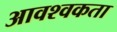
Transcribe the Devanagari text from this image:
आवश्वकता